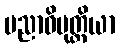
ပညာဝိမုတ္တိယာ